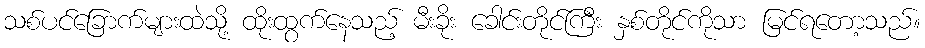
သစ်ပင်ခြောက်များထဲသို့ ထိုးထွက်နေသည့် မီးခိုး ခေါင်းတိုင်ကြီး နှစ်တိုင်ကိုသာ မြင်ရတော့သည်။